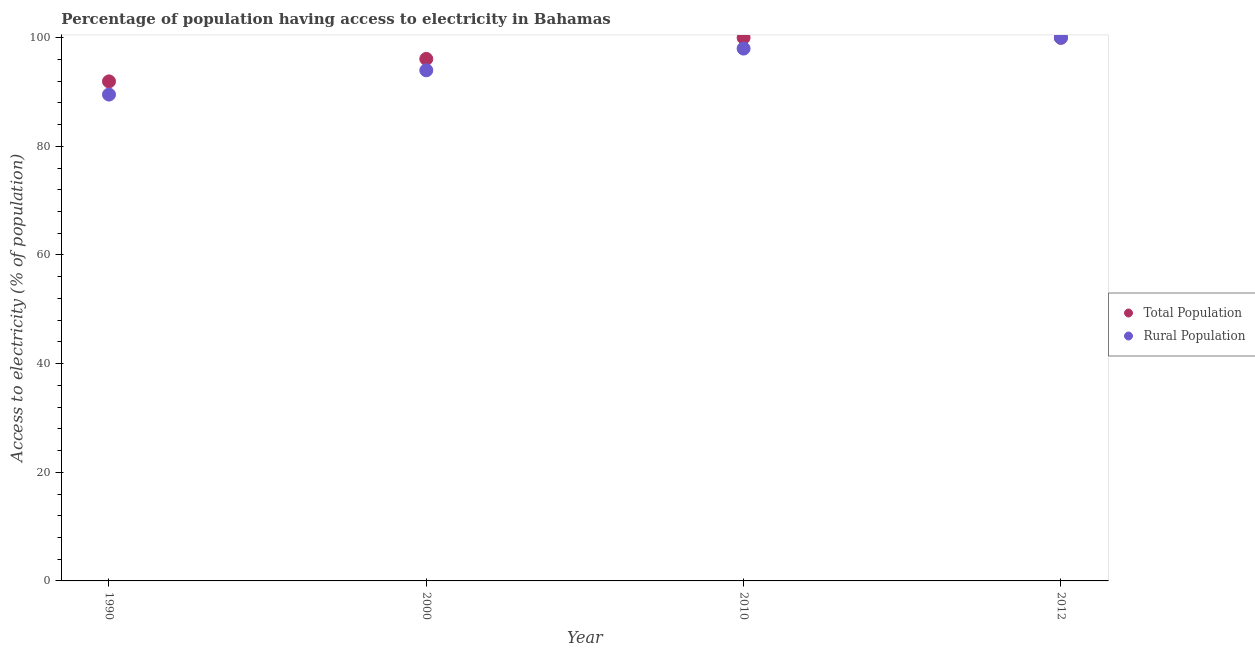
| Year | Total Population | Rural Population |
 | --- | --- | --- |
 | 1990 | 92 | 89.5 |
 | 2000 | 96.1 | 94 |
 | 2010 | 100 | 98 |
 | 2012 | 100 | 100 |